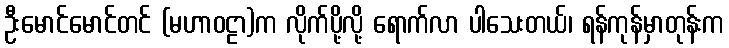
ဦးမောင်မောင်တင် (မဟာဝဠာ)က လိုက်ပို့လို့ ရောက်လာ ပါသေးတယ်၊ ရန်ကုန်မှာတုန်းက